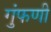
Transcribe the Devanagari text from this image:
गुंफणी